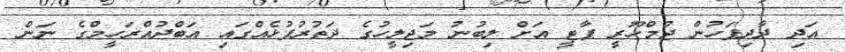
އަދި ދާދިފަހުން ޖުމްހޫރީ ޕާޓީ އަށް ލިބުނު މަޖިލީހުގެ ދަތުރުފުޅެއްގައި އަބްދުއްރަހީމްގެ ނަން